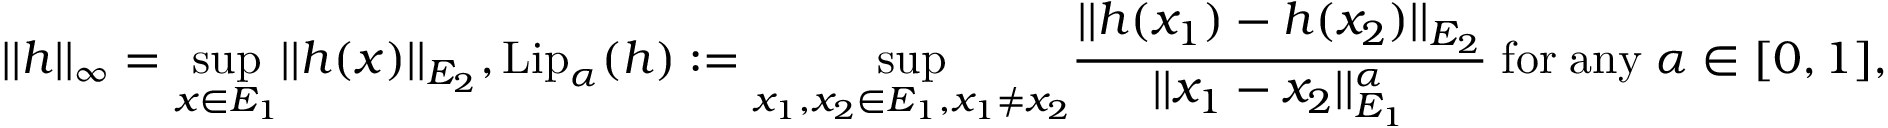
| | h | | _ { \infty } = \underset { x \in E _ { 1 } } { \operatorname* { s u p } } | | h ( x ) | | _ { E _ { 2 } } , \ensuremath { \mathrm { L i p } } _ { \alpha } ( h ) : = \underset { x _ { 1 } , x _ { 2 } \in E _ { 1 } , x _ { 1 } \not = x _ { 2 } } { \operatorname* { s u p } } \frac { | | h ( x _ { 1 } ) - h ( x _ { 2 } ) | | _ { E _ { 2 } } } { | | x _ { 1 } - x _ { 2 } | | _ { E _ { 1 } } ^ { \alpha } } \; \mathrm { f o r } \; \mathrm { a n y } \; \alpha \in [ 0 , 1 ] ,